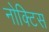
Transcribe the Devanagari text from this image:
नोक्टिस